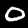
Label: 0